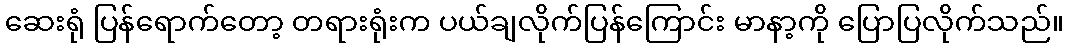
ဆေးရုံ ပြန်ရောက်တော့ တရားရုံးက ပယ်ချလိုက်ပြန်ကြောင်း မာနာ့ကို ပြောပြလိုက်သည်။